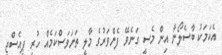
އެކަމަކު ބާސެލޯނާ އިން މެސީ ގަނެވޭ ފެންވަރުގެ މާލީ ތަނަވަސްކަމެއް ހުރީ ޕީއެސްޖީ